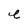
Character: e